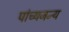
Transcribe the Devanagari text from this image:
पांच्यजन्य